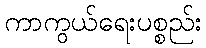
ကာကွယ်ရေးပစ္စည်း